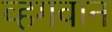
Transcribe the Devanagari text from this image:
व्हगवान